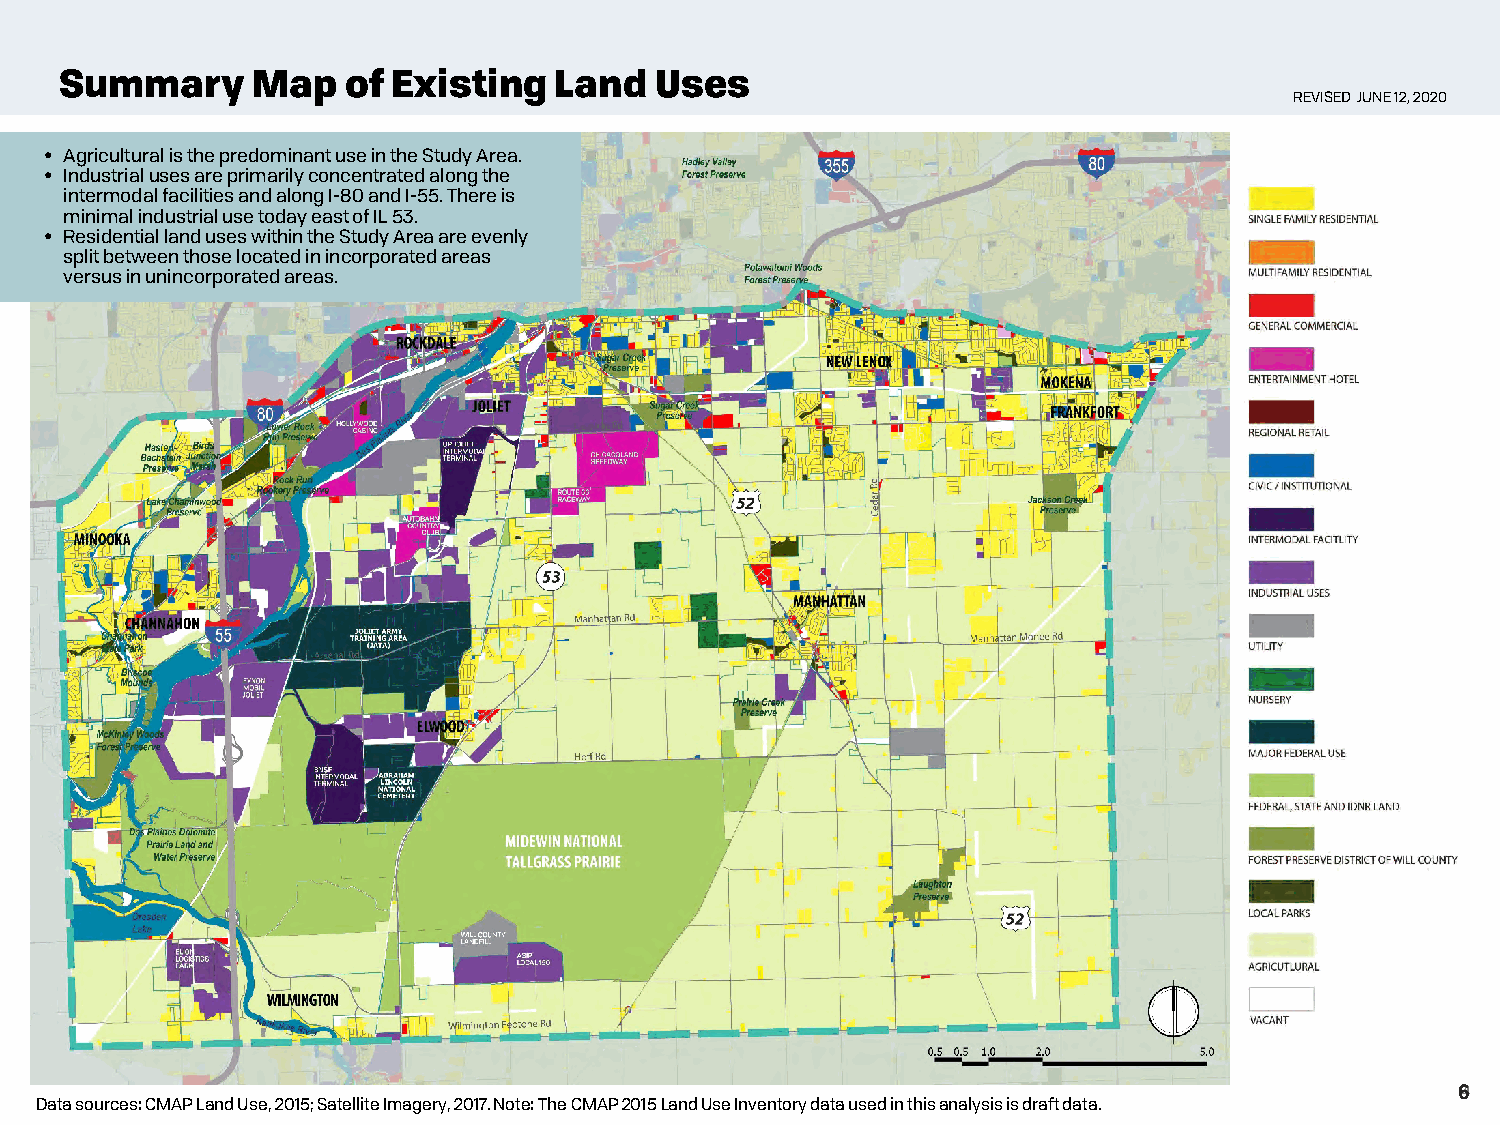
Summary      Map   of Existing   Land  Uses
 REVISED JUNE 12, 2020
 • Agricultural is the predominant use in the Study Area.
 • Industrial uses are primarily concentrated along the
 intermodal facilities and along I-80 and I-55. There is
 minimal industrial use today east of IL 53.
 • Residential land uses within the Study Area are evenly
 split between those located in incorporated areas
 versus in unincorporated areas.
 64
 Data sources: CMAP Land Use, 2015; Satellite Imagery, 2017. Note: The CMAP 2015 Land Use Inventory data used in this analysis is draft data.